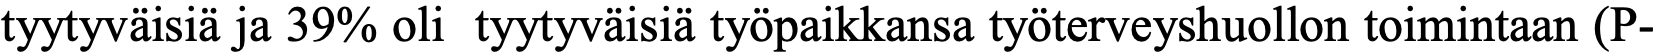
tyytyväisiä ja 39% oli tyytyväisiä työpaikkansa työterveyshuollon toimintaan (P-